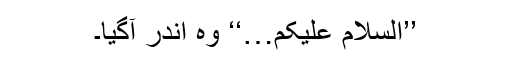
’’السلام علیکم…‘‘ وہ اندر آگیا۔